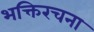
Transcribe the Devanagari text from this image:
भक्तिरचना